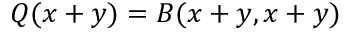
Q ( x + y ) = B ( x + y , x + y )